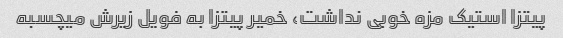
پیتزا استیک مزه خوبی نداشت، خمیر پیتزا به فویل زیرش میچسبه